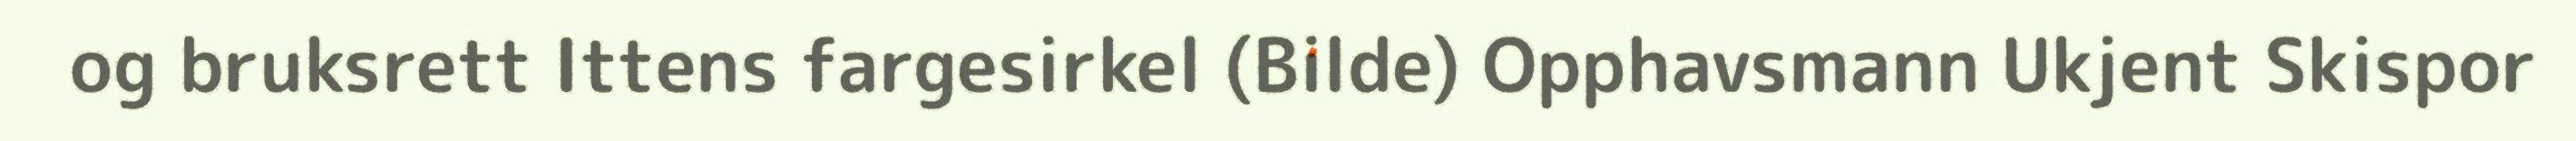
og bruksrett Ittens fargesirkel (Bilde) Opphavsmann Ukjent Skispor